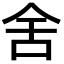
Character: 舍